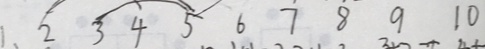
1 、 2 \widehat { 3 4 5 } 6 7 8 9 1 0